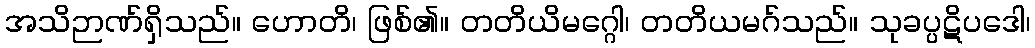
အသိဉာဏ်ရှိသည်။ ဟောတိ၊ ဖြစ်၏။ တတိယိမဂ္ဂေါ၊ တတိယမဂ်သည်။ သုခပ္ပဋိပဒေါ၊